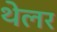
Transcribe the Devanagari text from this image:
थेलर